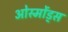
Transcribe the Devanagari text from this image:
ओस्मोंड्स